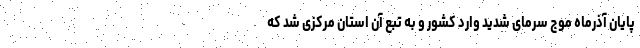
پایان آذرماه موج سرمای شدید وارد کشور و به تبع آن استان مرکزی شد که